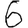
Digit: 6